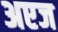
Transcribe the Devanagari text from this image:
अएज